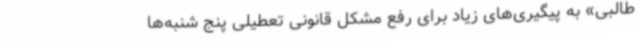
طالبی» به پیگیری‌های زیاد برای رفع مشکل قانونی تعطیلی پنج شنبه‌ها